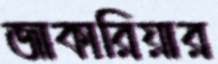
জাকারিয়ার